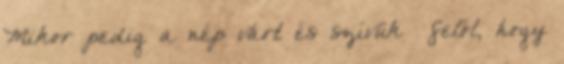
Mikor pedig a nép várt és szívük− felől, hogy